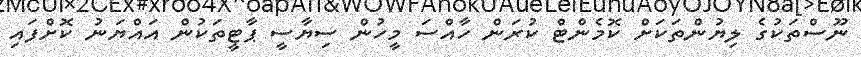
ނޫސްތަކުގެ ލިޔުންތަކަށް ކޮމެންޓް ކުރަން ހާއްސަ މީހުން ސިޔާސީ ޕާޓީތަކުން އައްޔަނު ކޮށްފައި